Vabadussoja_Ajaloo_Komitee, lk 7
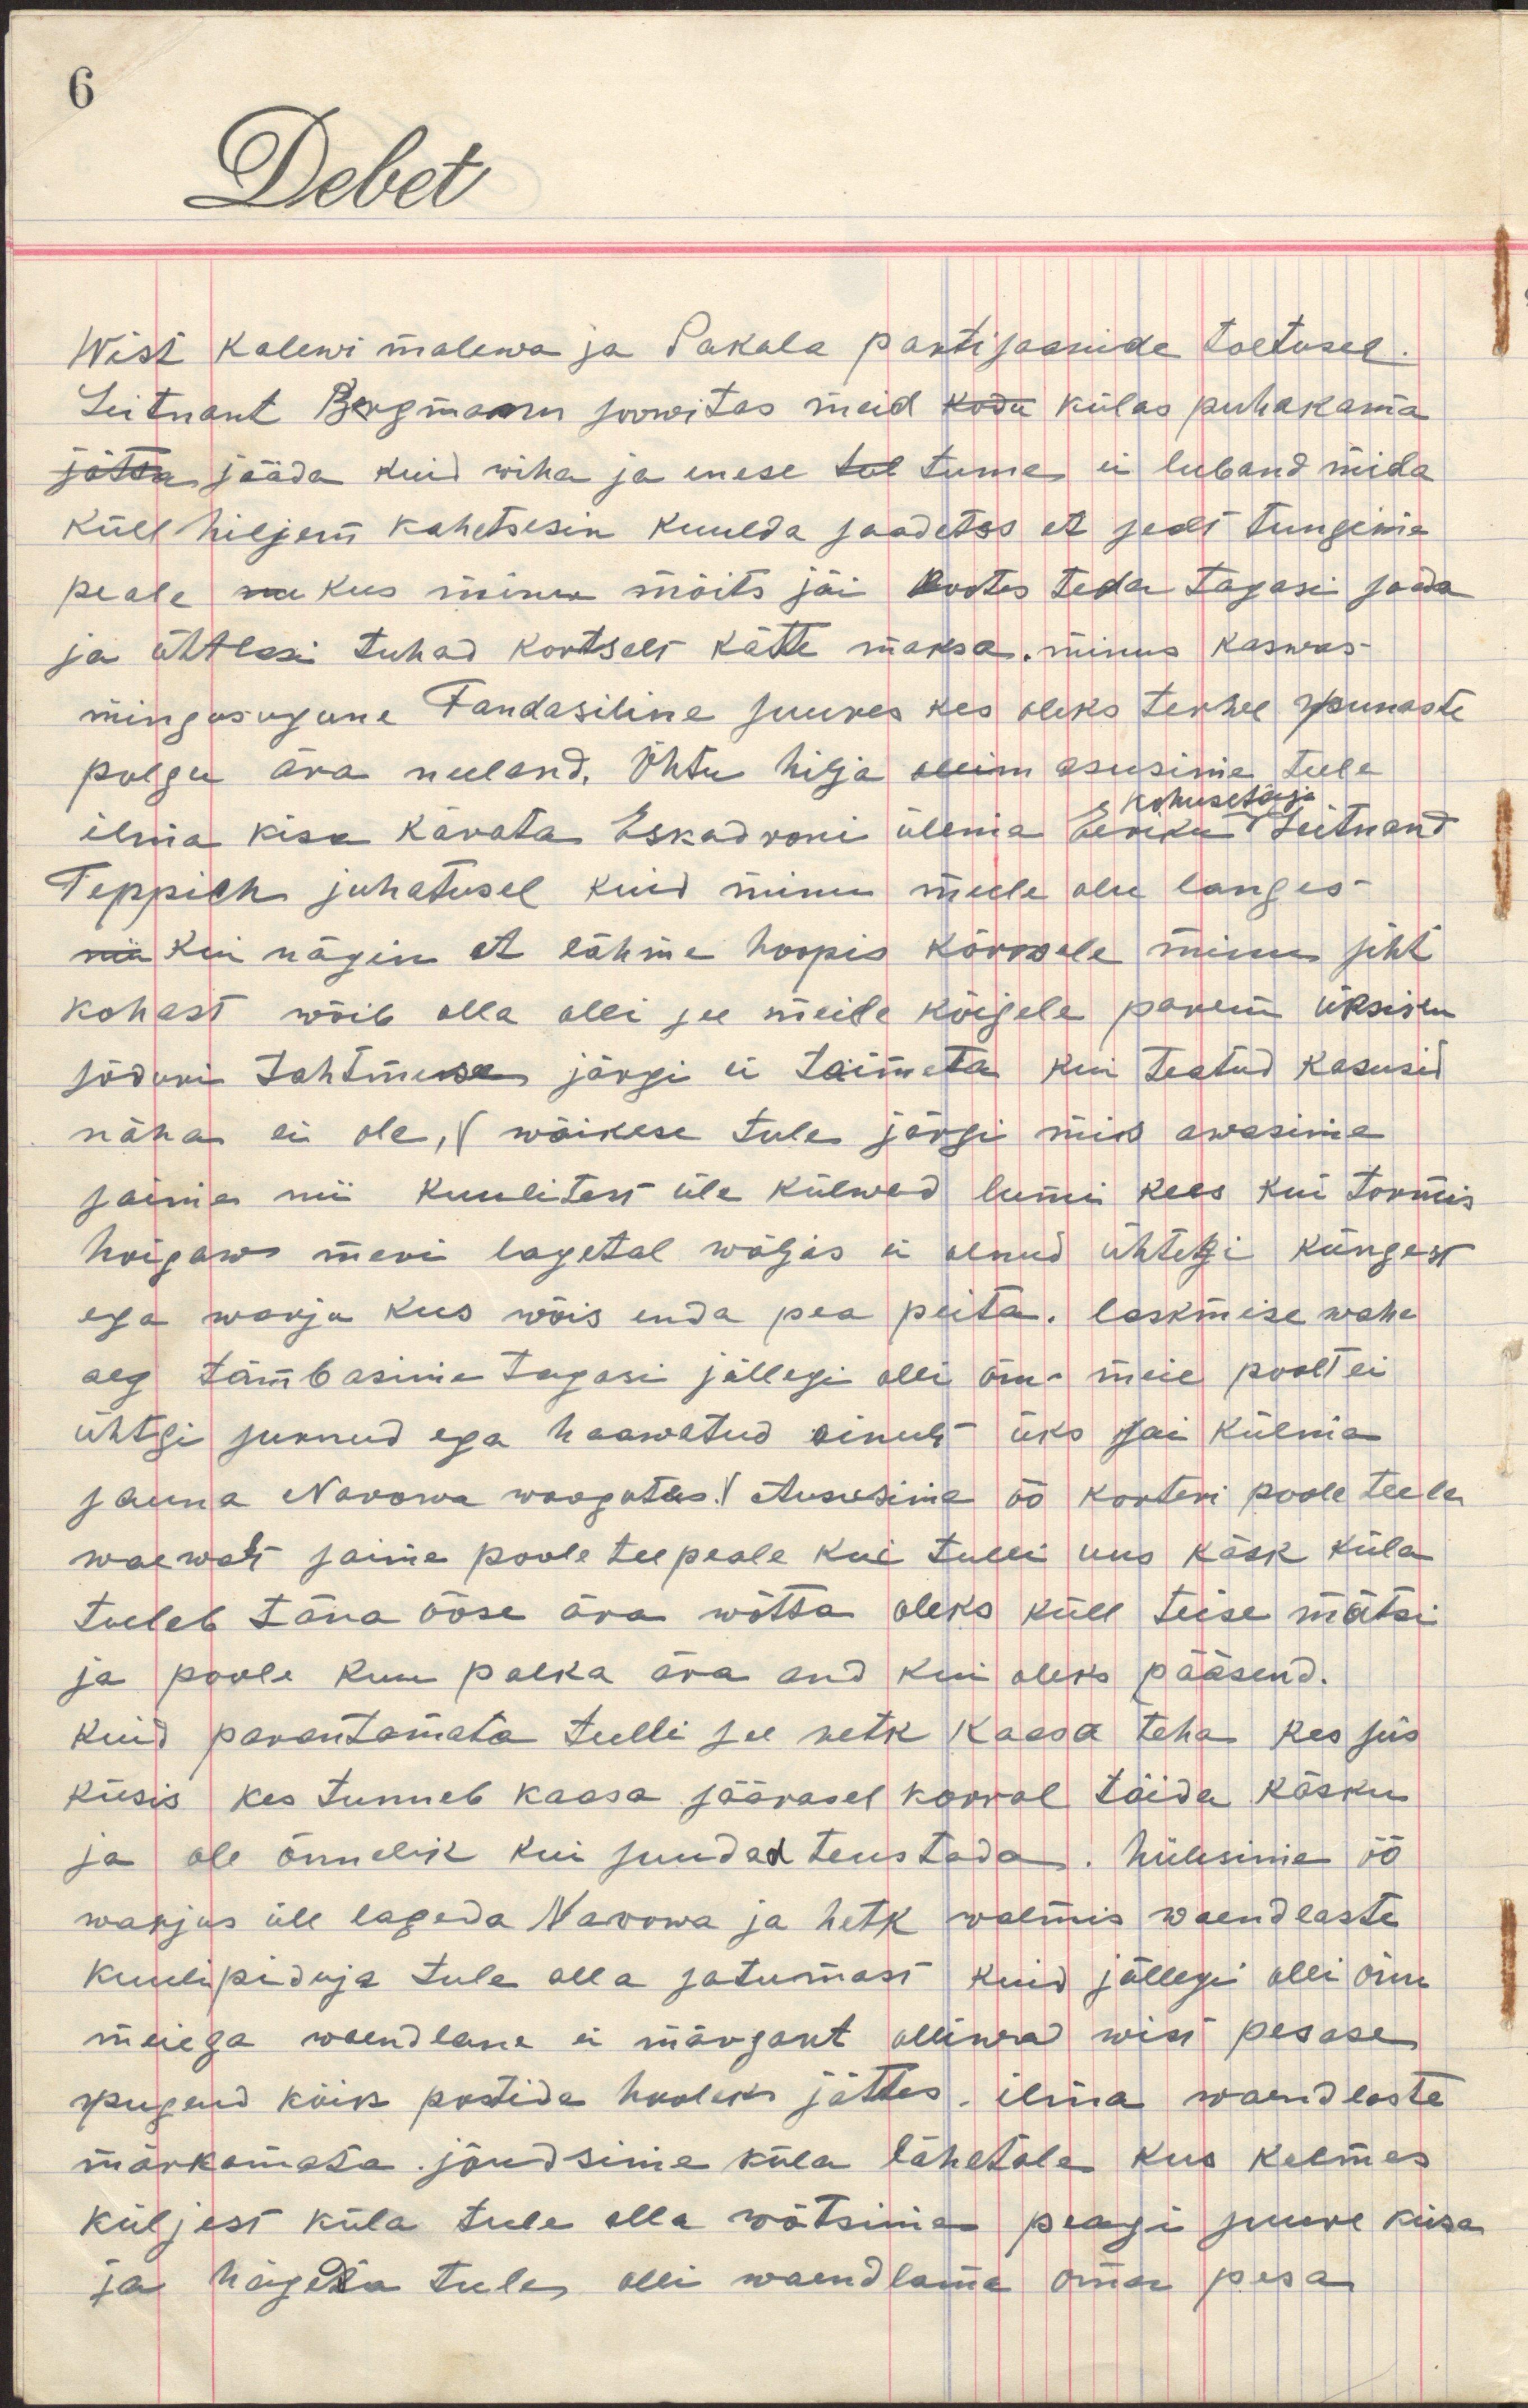
Wist Kalewi malewa ja Sakala partisaanide toetusel.
Leitnant Bergmann soowitas meid kodu külas puhakama
jätta jääda kuid wiha ja enese tel tunne ei luband mida
küll hiljem kahetsesin kuulda saadetes et sealt tungiwad
peale kus minu mõits jäi lootes teda tagasi saada
ja ühtlasi tuhad kortselt kätte maksa. minus kaswas
niisugune Fandasiline suures kes oleks terwe punaste
polgu ära neeland. Õhtu hilja asusime teele
kohusetäitja
ilma kisa kärata Eskadroni ülema Beriku leitnant
Teppich juhatusel kuid minu meele olu langes
nii kui nägin et lähme hoopis kõrwale minu siht
kohast wõib olla olli see meile kõigele parem üksiku
sõduri tahtmise järgi ei toimeta kui teatud kasusid 
näha ei ole, wäikese tule järgi meie awasime
saime nii kuulitest üle külwed lumi kees kui tormis
huigaw meri lagetal wäljas ei olnud ühtegi küngast
ega warju kus wõis enda pea peita. laskmise wahe
aeg tõmbasime tagasi jällegi olli õnn meie poolt ei 
ühtegi surnud ega haawatud ainult üks sai külma
sauna Narowa woogutes. Asusime öö korteri poole teele
waewalt saime poole tee peale kui tulli uus käsk küla
tuleb täna ööse ära wõtta oleks küll teise mütsi
ja poole kuu palka ära and kui oleks pääsend.
Kuid parantamata tulli see retk kaasa teha kes siis
küsis kes tunneb kaasa säärasel korral täida käsku
ja ole õnnelik kui suudad teustada. hiilisime öö
warjus üle lageda Narowa ja hetk walmis waendlaste
kuulipiduja tule all satumast kuid jällegi olli õnn
meiega waendlane ei märgant olliwa wist pesasse 
pugend kõik postide hooleks jättes. ilma waendlaste
märkamata jõudsime küla lähetale kus kolmes
küljest küla tule alla wõtsime peagu suure kisa
ja hägeda tule olli waendlane oma pesa